system: You are a helpful assistant.
user:
Analyze the provided spectrum to determine if it is a **S-type Star**.

- **Key Indicators for S-type Star:**

    - **(Overall Spectrum Shape):** The first and most obvious characteristic is the overall continuum (the "baseline" shape). It is **extremely "red-sloping,"** meaning the flux (light intensity) is very low on the left side (blue, ~4000-4500 Å) and rises steeply and continuously toward the right side (red, ~7000 Å+).

    - **(Primary):** The spectrum is defined by the presence of strong, broad molecular absorption "valleys" (bands) from **Zirconium Oxide (ZrO)**. The identification of these bands is the **primary requirement** for classifying a star as S-type.
        - **(Key Bandheads):** You must find distinct, deep "dips" where the light has been absorbed. The most critical band systems to locate are:
            - **~6474 Å** ($\gamma$-system): This is often the strongest and clearest ZrO feature, found in the red part of the spectrum.
            - **~5718 Å** & **~5551 Å** ($\beta$-system): A pair of prominent absorption features in the yellow-orange part of the spectrum.
            - **~4640 Å** ($\alpha$-system): A key absorption band system in the blue-green region of the spectrum.

    - **(Secondary Confirmation):** The classification is strengthened by finding additional absorption bands from other related heavy element oxides, which are expected to be present alongside ZrO.
        - **(Key Bandheads):**
            - **Yttrium Oxide (YO):** Look for absorption dips near **~4800 Å** and **~6100 Å**.
            - **Lanthanum Oxide (LaO):** Additional absorption features, particularly in the red-orange part of the spectrum, are also characteristic.

    - **(Line Profile):** The combination of the steep red continuum and these numerous, deep molecular bands (ZrO, YO, etc.) gives the entire spectrum a very **"chopped-up"** or **"bumpy"** appearance. Instead of a smooth curve, the spectrum looks as though large, wide chunks of light have been "carved out" of it at the specific wavelengths listed above.

Think first, call **spectral_visualization_tool** if needed to examine features in detail, then provide your final answer. Your response must adhere to the following strict rules:
1.  **Overall Structure:** Your response must follow the format `<think>...</think> <tool_call>...</tool_call> (if a tool is used) <answer>...</answer>`.
2.  **Tool Usage Constraint:** You may only make **one** tool call per turn.
3.  **Final Answer Format:** In the `<answer>` tag, your conclusion must be inside a `\boxed{}` command (e.g., `\boxed{YES}` or `\boxed{NO}`), followed by your justification.

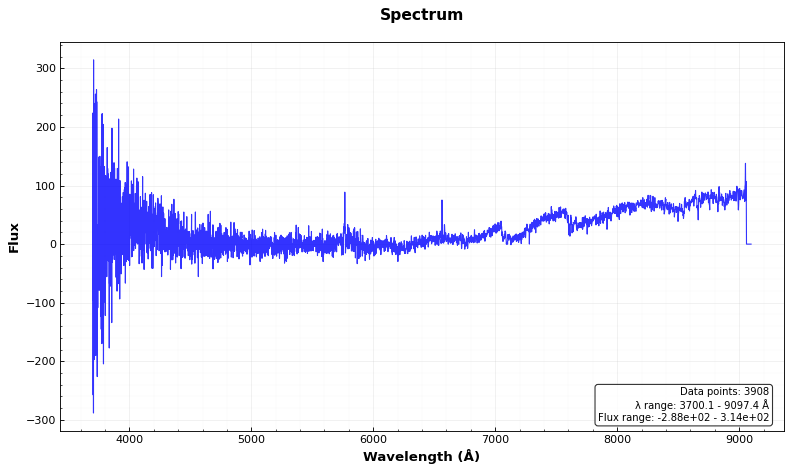
Answer: YES